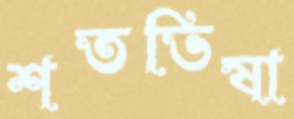
শতভিষা